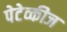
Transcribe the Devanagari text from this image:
पेटेव्कीज